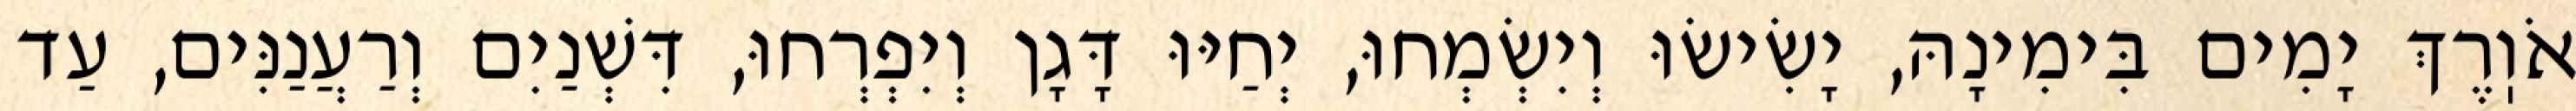
אֹוֽרֶךְ יָמִים בִּימִינָהּ, יָשִׂישׂוּ וְיִשְׂמְחוּ, יְחַיּוּ דָּגָן וְיִפְרְחוּ, דִּשְׁנַיִם וְרַעֲנַנִּים, עַד